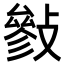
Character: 𢿈